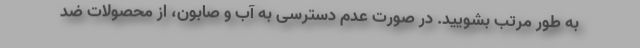
به طور مرتب بشویید. در صورت عدم دسترسی به آب و صابون، از محصولات ضد